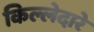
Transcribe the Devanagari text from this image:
किल्लेदारे